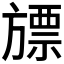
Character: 𣄔